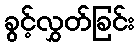
ခွင့်လွှတ်ခြင်း